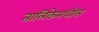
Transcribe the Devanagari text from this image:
तालिकेमधील